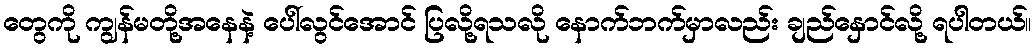
တွေကို ကျွန်မတို့အနေနဲ့ ပေါ်လွင်အောင် ပြလို့ရသလို နောက်ဘက်မှာလည်း ချည်နှောင်လို့ ရပါတယ်။